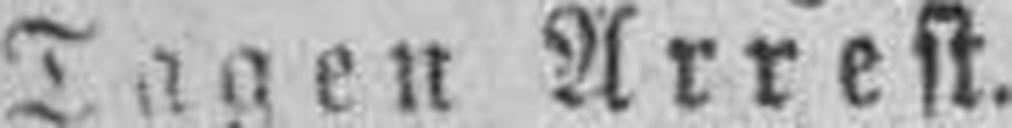
Tagen Arrest.